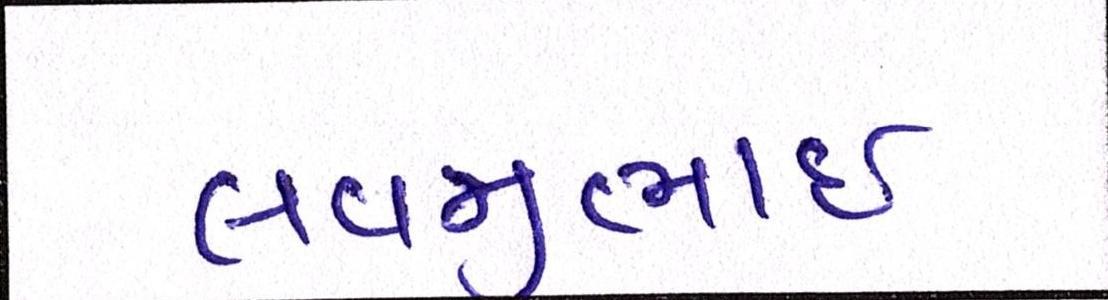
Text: લવજીભાઇ